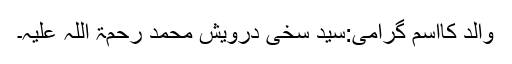
والد کااسمِ گرامی:سید سخی درویش محمد رحمۃ اللہ علیہ۔